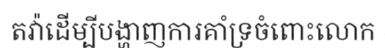
តវ៉ាដើម្បីបង្ហាញការគាំទ្រចំពោះលោក